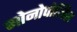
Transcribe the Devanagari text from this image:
मोनोपोलिस